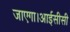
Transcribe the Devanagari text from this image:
जाएगा।आईसीसी